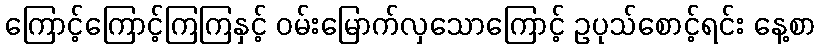
ကြောင့်ကြောင့်ကြကြနှင့် ဝမ်းမြောက်လှသောကြောင့် ဥပုသ်စောင့်ရင်း နေ့စာ